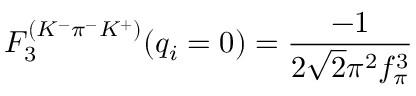
F _ { 3 } ^ { ( K ^ { - } \pi ^ { - } K ^ { + } ) } ( q _ { i } = 0 ) = \frac { - 1 } { 2 \sqrt { 2 } \pi ^ { 2 } f _ { \pi } ^ { 3 } }